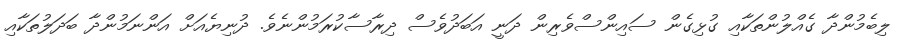
ލިބެމުންދާ ގެއްލުންތަކާއި ގުޅިގެން ސައިންސްވެރިން ދަނީ އަބަދުވެސް ދިރާސާކުރަމުންނެވެ. ދުނިޔެއަށް އަންނަމުންދާ ބަދަލުތަކާއި